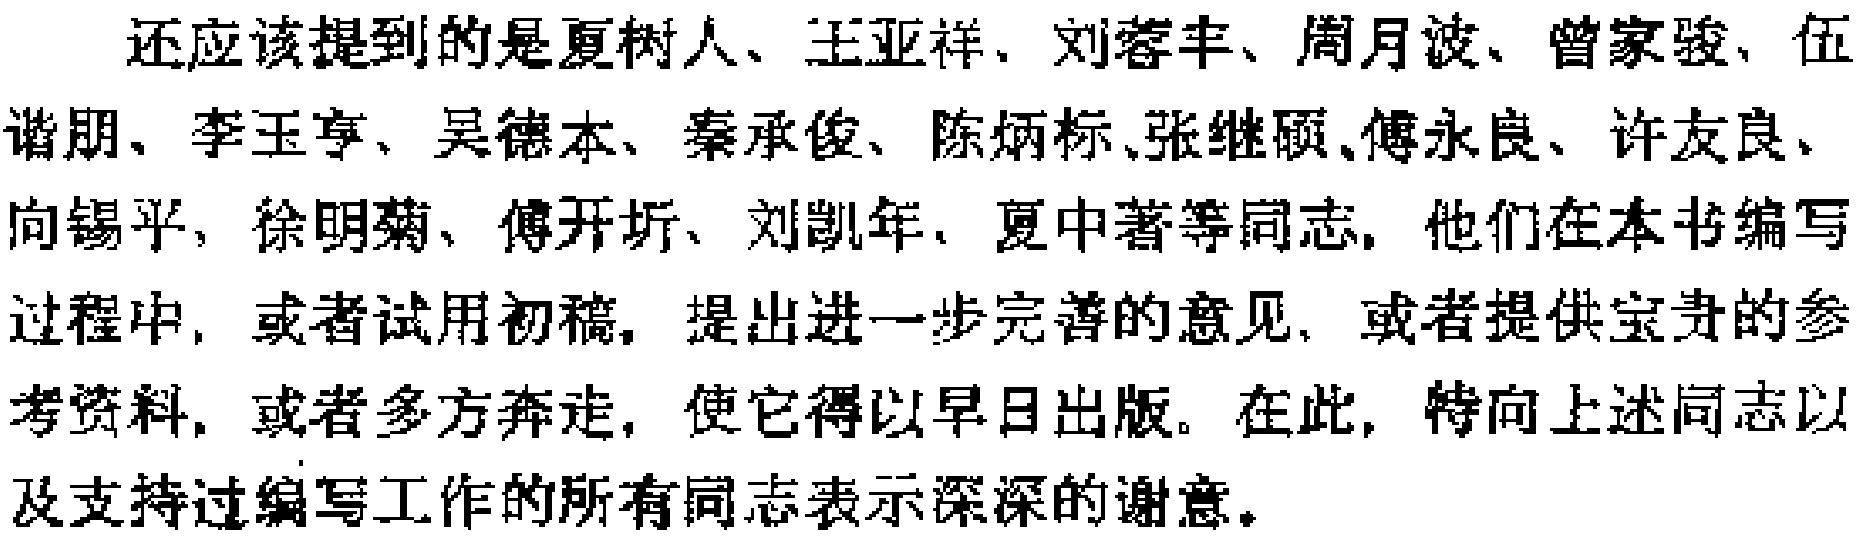
还应该提到的是夏树人、王亚祥、刘蓉丰、周月波、曾家骏、伍谐朋、李玉亨、吴德本、秦承俊、陈炳标、张继硕、傅永良、许友良、向锡平、徐明菊、傅开圻、刘凯年、夏中著等同志，他们在本书编写过程中，或者试用初稿，提出进一步完善的意见，或者提供宝贵的参考资料，或者多方奔走，使它得以早日出版。在此，特向上述同志以及支持过编写工作的所有同志表示深深的谢意。